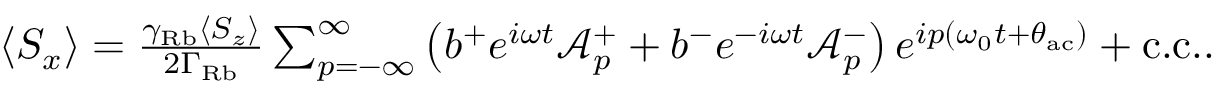
\begin{array} { r } { \langle S _ { x } \rangle = \frac { \gamma _ { \mathrm { R b } } \langle S _ { z } \rangle } { 2 \Gamma _ { \mathrm { R b } } } \sum _ { p = - \infty } ^ { \infty } \left( b ^ { + } e ^ { i \omega t } \mathcal { A } _ { p } ^ { + } + b ^ { - } e ^ { - i \omega t } \mathcal { A } _ { p } ^ { - } \right) e ^ { i p ( \omega _ { 0 } t + \theta _ { \mathrm { a c } } ) } + \mathrm { c . c . } . } \end{array}